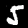
Digit: 5